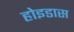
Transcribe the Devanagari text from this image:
होइडास